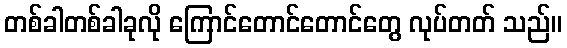
တစ်ခါတစ်ခါခုလို ကြောင်တောင်တောင်တွေ လုပ်တတ် သည်။